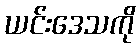
ယင်းဒေသကို